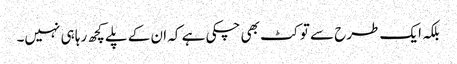
بلکہ ایک طرح سے تو کٹ بھی چکی ہے کہ ان کے پلے کچھ رہا ہی نہیں۔